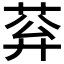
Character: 𦰠